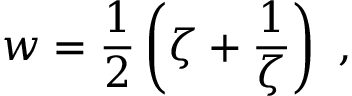
w = \frac 1 2 \left( \zeta + \frac { 1 } { \zeta } \right) \ ,